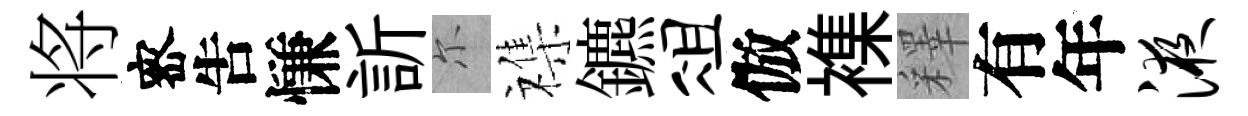
将宻吿慊訢尓襍鑣俎倣襍釋有年液